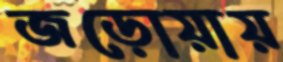
জড়োয়ায়